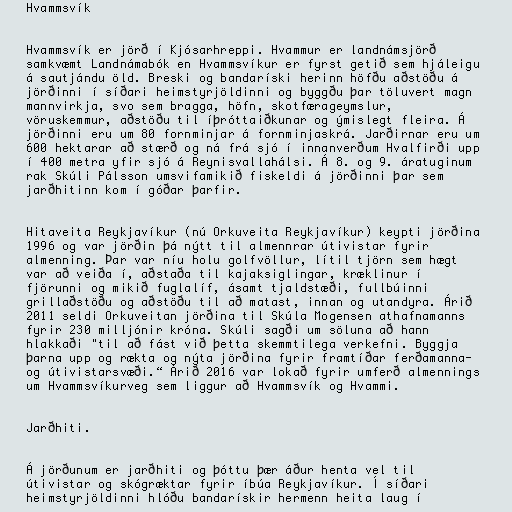
Hvammsvík

Hvammsvík er jörð í Kjósarhreppi. Hvammur er landnámsjörð
samkvæmt Landnámabók en Hvammsvíkur er fyrst getið sem hjáleigu
á sautjándu öld. Breski og bandaríski herinn höfðu aðstöðu á
jörðinni í síðari heimstyrjöldinni og byggðu þar töluvert magn
mannvirkja, svo sem bragga, höfn, skotfærageymslur,
vöruskemmur, aðstöðu til íþróttaiðkunar og ýmislegt fleira. Á
jörðinni eru um 80 fornminjar á fornminjaskrá. Jarðirnar eru um
600 hektarar að stærð og ná frá sjó í innanverðum Hvalfirði upp
í 400 metra yfir sjó á Reynisvallahálsi. Á 8. og 9. áratuginum
rak Skúli Pálsson umsvifamikið fiskeldi á jörðinni þar sem
jarðhitinn kom í góðar þarfir.

Hitaveita Reykjavíkur (nú Orkuveita Reykjavíkur) keypti jörðina
1996 og var jörðin þá nýtt til almennrar útivistar fyrir
almenning. Þar var níu holu golfvöllur, lítil tjörn sem hægt
var að veiða í, aðstaða til kajaksiglingar, kræklinur í
fjörunni og mikið fuglalíf, ásamt tjaldstæði, fullbúinni
grillaðstöðu og aðstöðu til að matast, innan og utandyra. Árið
2011 seldi Orkuveitan jörðina til Skúla Mogensen athafnamanns
fyrir 230 milljónir króna. Skúli sagði um söluna að hann
hlakkaði "til að fást við þetta skemmti­lega verk­efni. Byggja
þarna upp og rækta og nýta jörðina fyr­ir framtíðar ferðamanna-
og úti­vist­ar­svæði.“ Árið 2016 var lokað fyrir umferð almennings
um Hvammsvíkurveg sem liggur að Hvammsvík og Hvammi.

Jarðhiti.

Á jörðunum er jarðhiti og þóttu þær áður henta vel til
útivistar og skógræktar fyrir íbúa Reykjavíkur. Í síðari
heimstyrjöldinni hlóðu bandarískir hermenn heita laug í